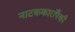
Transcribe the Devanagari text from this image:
नाटककारांपैकी